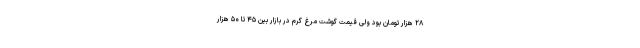
۲۸ هزار تومان بود ولی قیمت گوشت مرغ گرم در بازار بین ۴۵ تا ۵۰ هزار